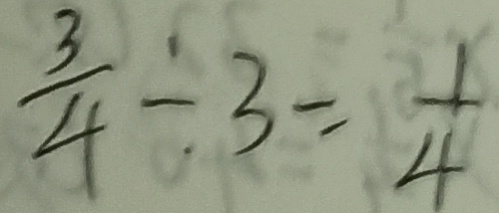
\frac { 3 } { 4 } \div 3 = \frac { 1 } { 4 }